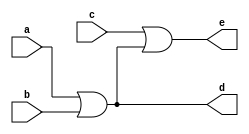
`timescale 1ns / 1ps
//////////////////////////////////////////////////////////////////////////////////
// Company: 
// Engineer: 
// 
// Design Name: 
// Module Name: three_input_or_gate_b
// Project Name: 
// Target Devices: 
// Tool Versions: 
// Description: 
// 
// Dependencies: 
// 
// Revision:
// Revision 0.01 - File Created
// Additional Comments:
// 
//////////////////////////////////////////////////////////////////////////////////


module three_input_or_gate_b(
    input a, b, c,
    output d, e
    );
    assign d = a|b;
    assign e = c|d;
endmodule